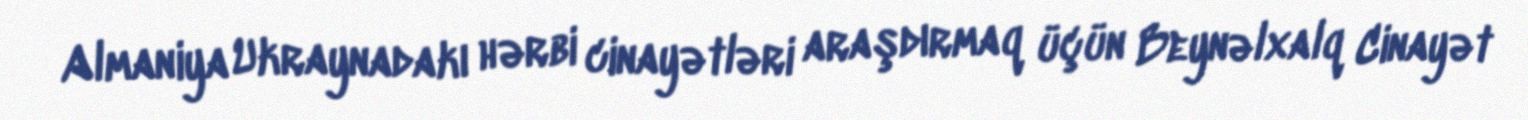
Almaniya Ukraynadakı hərbi cinayətləri araşdırmaq üçün Beynəlxalq Cinayət